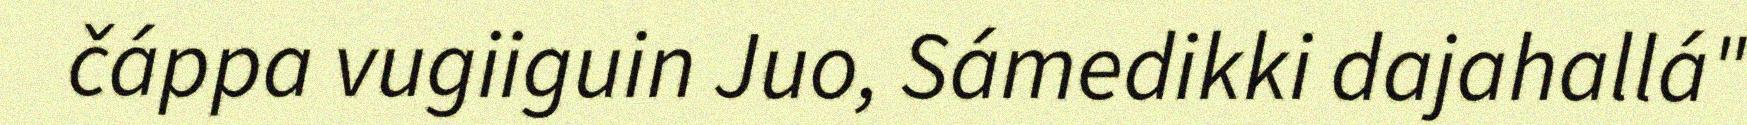
čáppa vugiiguin Juo, Sámedikki dajahallá"